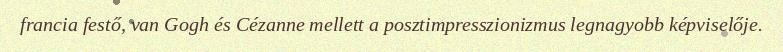
francia festő, van Gogh és Cézanne mellett a posztimpresszionizmus legnagyobb képviselője.